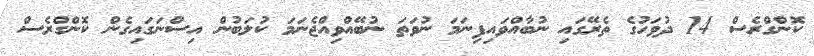
ކޮންގްރެސް 14 ދުވަހުގެ ތެރޭގައި ނުބާއްވައިފިނަމަ ނުވަތަ ނުބޭއްވިއްޖެނަމަ ކުލަބުން އިސްނަގައިގެން ކޮންގްރެސް